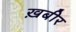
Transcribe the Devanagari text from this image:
ख़बीर